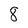
Character: 8